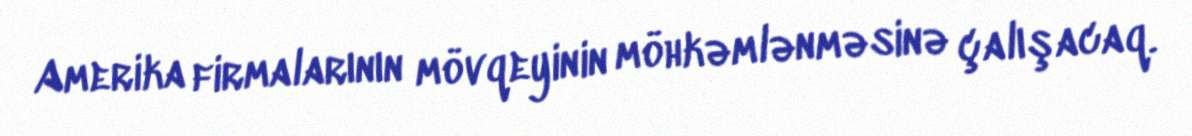
Amerika firmalarının mövqeyinin möhkəmlənməsinə çalışacaq.